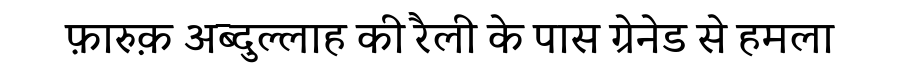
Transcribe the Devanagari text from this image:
फ़ारुक़ अब्दुल्लाह की रैली के पास ग्रेनेड से हमला